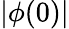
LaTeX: |\phi(0)|